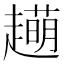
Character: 𧾆